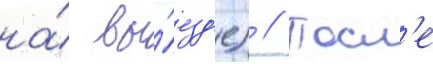
на́ вы́езд'е) // Посл'е